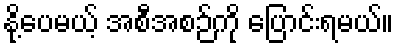
နို့ပေမယ့် အစီအစဉ်ကို ပြောင်းရမယ်။